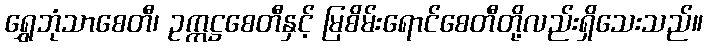
ရွှေဘုံသာစေတီ၊ ဥက္ကဋ္ဌစေတီနှင့် မြစိမ်းရောင်စေတီတို့လည်းရှိသေးသည်။